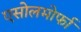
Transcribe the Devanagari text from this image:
एसोलमोर्फा